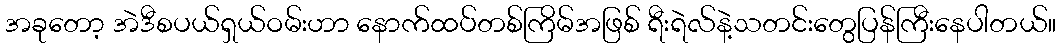
အခုတော့ အဲဒီစပယ်ရှယ်ဝမ်းဟာ နောက်ထပ်တစ်ကြိမ်အဖြစ် ရီးရဲလ်နဲ့သတင်းတွေပြန်ကြီးနေပါတယ်။